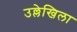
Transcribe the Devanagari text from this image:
उल्लेखिला